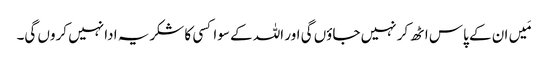
مَیں ان کے پاس اٹھ کر نہیں جاؤں گی اور اللہ کے سوا کسی کا شکریہ ادا نہیں کروں گی۔